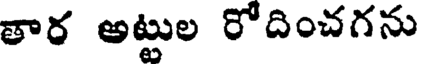
తార అట్టుల రోదించగను